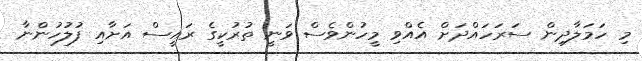
މި ހަމަލާދިން ސަރަހައްދަށް އެއްވި މީހުންވެސް ވަނީ ތުރުކީގެ ރައީސް އަށާއި ފުލުހުންނާ